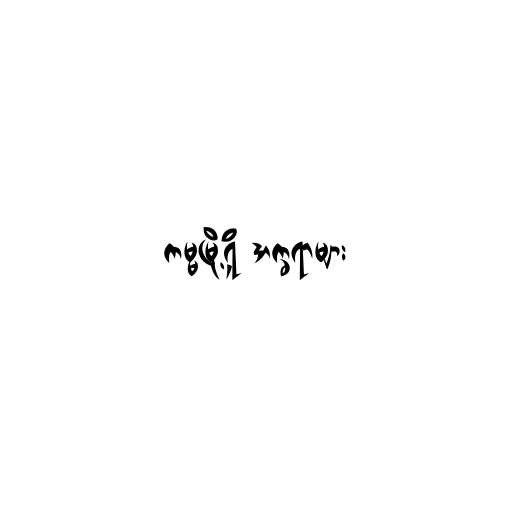
ကမ္မမြို့ရှိ အက္ခရာများ